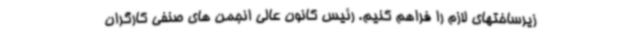
زیرساختهای لازم را فراهم کنیم. رئیس کانون عالی انجمن های صنفی کارگران